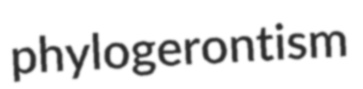
phylogerontism